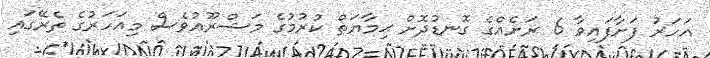
އަހަރު ފަށާފައިވާ 6 ރަށެއްގެ ގޮނޑުދޮށް ޙިމާޔަތް ކުރުމުގެ މަޝްރޫޢުވެސް މިއަހަރުގެ ތެރޭގައި